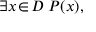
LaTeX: \exists x \! \in \! D \; P ( x ) ,